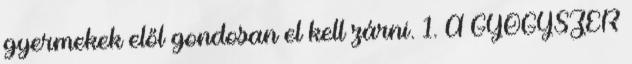
gyermekek elől gondosan el kell zárni. 1. A GYÓGYSZER